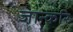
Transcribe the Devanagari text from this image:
जान्करि